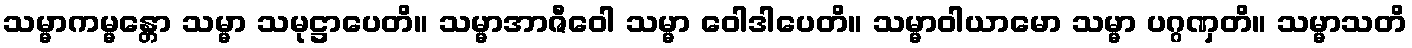
သမ္မာကမ္မန္တော သမ္မာ သမုဋ္ဌာပေတိ။ သမ္မာအာဇီဝေါ သမ္မာ ဝေါဒါပေတိ။ သမ္မာဝါယာမော သမ္မာ ပဂ္ဂဏှတိ။ သမ္မာသတိ